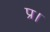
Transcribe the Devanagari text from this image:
प्र।